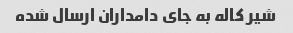
شیر کاله به جای دامداران ارسال شده